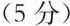
(5分)